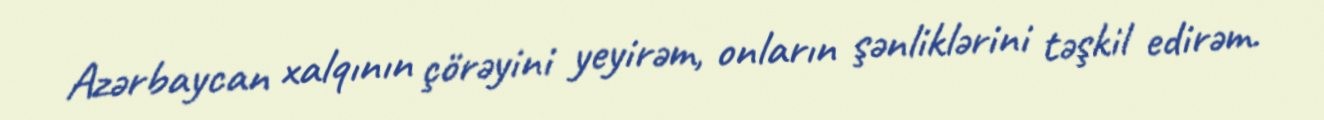
Azərbaycan xalqının çörəyini yeyirəm, onların şənliklərini təşkil edirəm.